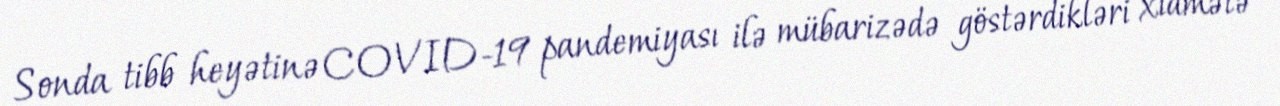
Sonda tibb heyətinə COVID-19 pandemiyası ilə mübarizədə göstərdikləri xidmətə